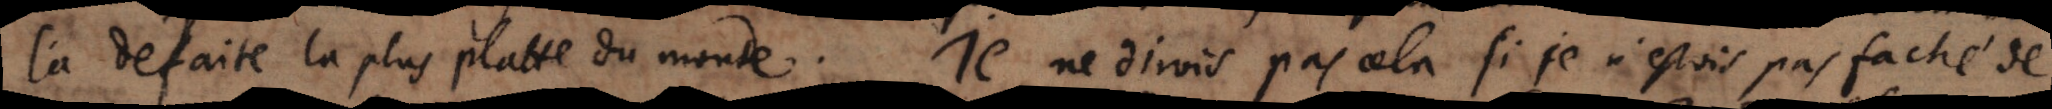
la defaite la plus platte du monde. Je ne dirois pas cela si je n’estois pas faché de